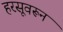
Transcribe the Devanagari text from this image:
हरसूवरून